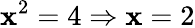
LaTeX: \mathbf{x}^{2}=4\Rightarrow\mathbf{x}=2